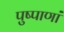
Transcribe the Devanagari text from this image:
पुष्पाणां